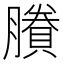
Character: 賸